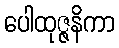
ပေါထုဇ္ဇနိကာ